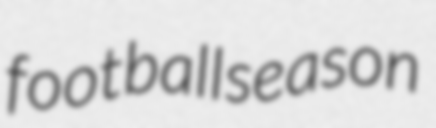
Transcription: football season